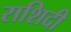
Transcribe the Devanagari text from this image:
राशिदी